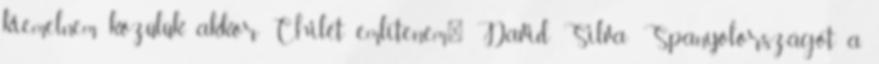
kiemelnem közülük, akkor Chilét említeném." David Silva: Spanyolországot a